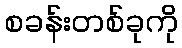
စခန်းတစ်ခုကို